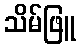
သိမ်ဖြူ